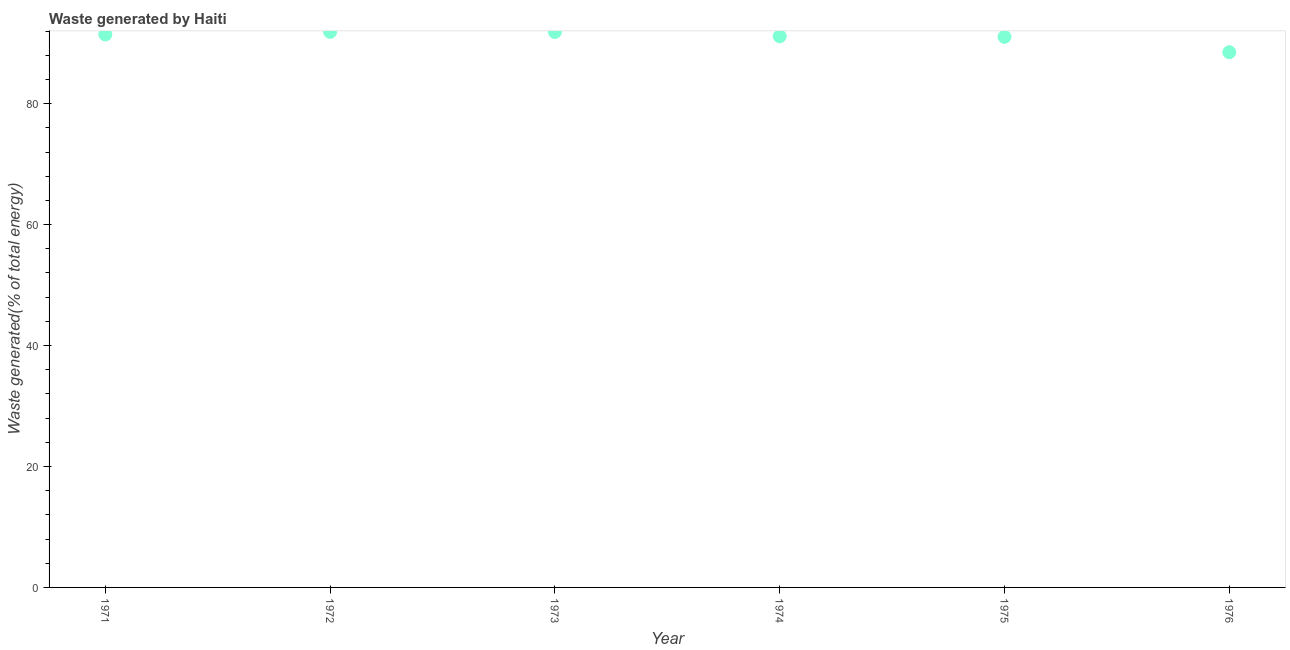
| Year | Combustible renewables and waste (% of total energy) |
 | --- | --- |
 | 1971 | 91.4 |
 | 1972 | 91.9 |
 | 1973 | 91.9 |
 | 1974 | 91.1 |
 | 1975 | 91 |
 | 1976 | 88.5 |